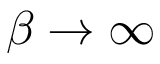
\beta \to \infty